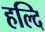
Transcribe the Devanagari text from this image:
हल्दि